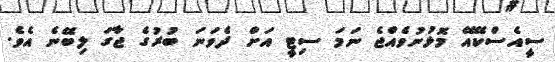
ސީއެސްކޭއޭ މޮޅުނުވެއްޖެ ނަމަ ސިޓީ އަށް ދެވަނަ ބުރުގެ ޖާގަ ލިބޭނެ އެވެ.